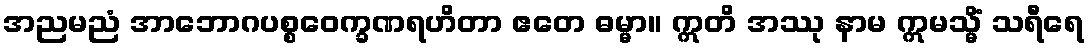
အညမညံ အာဘောဂပစ္စဝေက္ခဏရဟိတာ ဧတေ ဓမ္မာ။ ဣတိ အဿု နာမ ဣမသ္မိံ သရီရေ